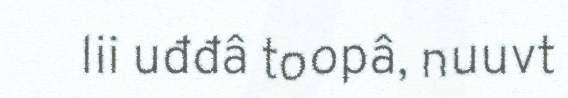
lii uđđâ toopâ, nuuvt